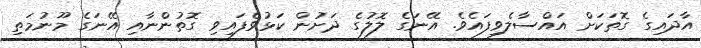
އާދައިގެ ގޮތަކަށް އައްސާލެވިފައެވެ. އޭނަގެ ލޮލުގެ ދަށުން ކަޅުވެފައިވި ގޮތުންނާއި އޭނަގެ މޫނުމަތި